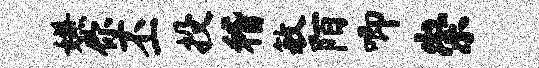
嫌你丕投稽敏陌唧崇